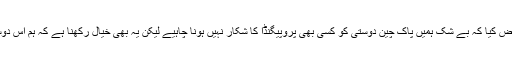
اس کے بعد سوال و جواب کا سلسلہ شروع ہوا تو میں نے عرض کیا کہ بے شک ہمیں پاک چین دوستی کو کسی بھی پروپیگنڈا کا شکار نہیں ہونا چاہیے لیکن یہ بھی خیال رکھنا ہے کہ ہم اس دوستی میں ایک دوسرے سے غیر حقیقی توقعات نہ قائم کر لیں۔